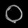
Digit: ၀